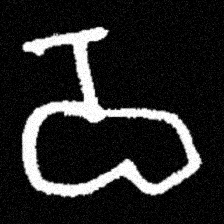
Pyu character \u2014 Myanmar letter: ဝ (romanized: wa)